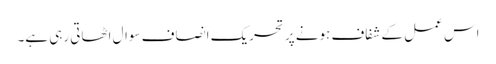
اس عمل کے شفاف ہونے پر تحریک انصاف سوال اٹھاتی رہی ہے۔